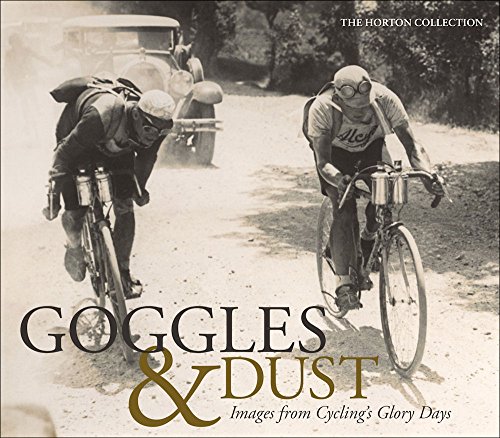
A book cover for Goggles & Dust: Images from Cycling's Glory Days; The Horton Collection; Sports & Outdoors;